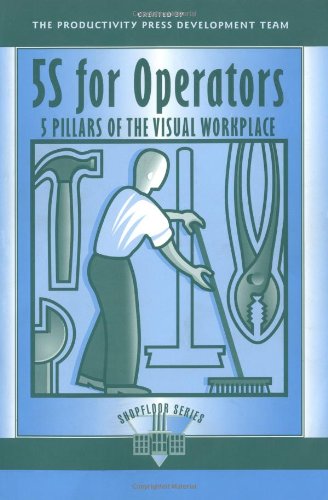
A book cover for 5S for Operators: 5 Pillars of the Visual Workplace (For Your Organization!); Hiroyuki Hirano; Engineering & Transportation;